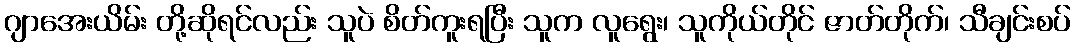
ဂျာအေးယိမ်း တို့ဆိုရင်လည်း သူပဲ စိတ်ကူးရပြီး သူက လူရွေး၊ သူကိုယ်တိုင် ဇာတ်တိုက်၊ သီချင်းစပ်